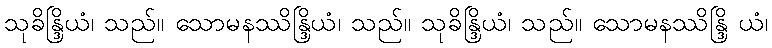
သုခိန္ဒြိယံ၊ သည်။ သောမနဿိန္ဒြိယံ၊ သည်။ သုခိန္ဒြိယံ၊ သည်။ သောမနဿိန္ဒြိ ယံ၊